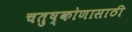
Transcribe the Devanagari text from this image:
चतुष्कोणासाठी